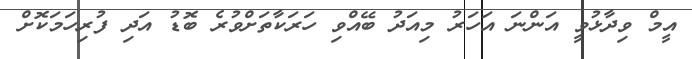
އީމް ވިދާޅުވީ އަންނަ އަހަރު މިއަދު ބޭއްވި ހަރަކާތަށްވުރެ ބޮޑު އަދި ފުރިހަމަކޮށް